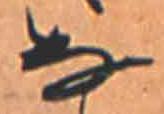
な